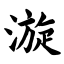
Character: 漩